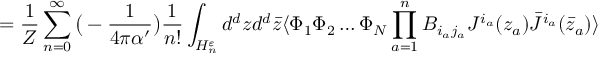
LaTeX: = { \frac { 1 } { Z } } \sum _ { n = 0 } ^ { \infty } \big ( - { \frac { 1 } { 4 \pi \alpha ^ { \prime } } } \big ) { \frac { 1 } { n ! } } \int _ { { \cal H } _ { n } ^ { \varepsilon } } d ^ { d } z d ^ { d } \bar { z } \langle \Phi _ { 1 } \Phi _ { 2 } \dots \Phi _ { N } \prod _ { a = 1 } ^ { n } B _ { i _ { a } j _ { a } } J ^ { i _ { a } } ( z _ { a } ) \bar { J } ^ { i _ { a } } ( \bar { z } _ { a } ) \rangle